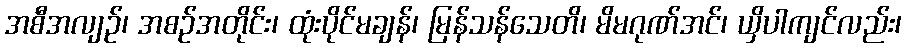
အစီအလျဉ်၊ အစဉ်အတိုင်း၊ ထုံးပိုင်မချန်၊ မြန်သန်သေတိ၊ မိမဂုဏ်အင်၊ ယှိပါကျင်လည်း၊